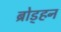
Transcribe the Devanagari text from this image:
ब्रोड्हन